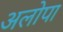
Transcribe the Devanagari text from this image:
अलोपा